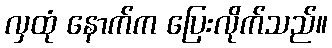
လှထုံ နောက်က ပြေးလိုက်သည်။